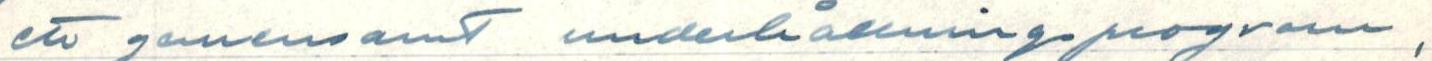
ett gemensamt underhållningsprogram,